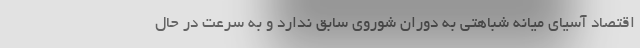
اقتصاد آسیای میانه شباهتی به دوران شوروی سابق ندارد و به سرعت در حال